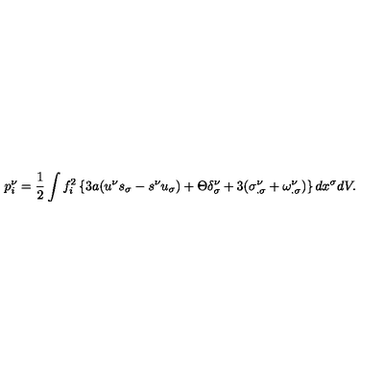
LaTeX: p _ { i } ^ { \nu } = \frac { 1 } { 2 } \int f _ { i } ^ { 2 } \left\{ 3 a ( u ^ { \nu } s _ { \sigma } - s ^ { \nu } u _ { \sigma } ) + \Theta \delta _ { \sigma } ^ { \nu } + 3 ( \sigma _ { . \sigma } ^ { \nu } + \omega _ { . \sigma } ^ { \nu } ) \right\} d x ^ { \sigma } d V .